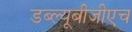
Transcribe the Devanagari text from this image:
डब्ल्यूबीजीएच